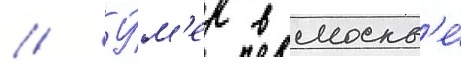
// У́м'ер в москв'е́